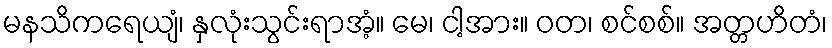
မနသိကရေယျံ၊ နှလုံးသွင်းရာအံ့။ မေ၊ ငါ့အား။ ဝတ၊ စင်စစ်။ အတ္တဟိတံ၊